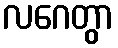
လဂေတွာ